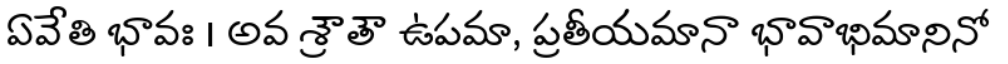
ఏవేతి భావః । అవ శ్రౌతౌ ఉపమా, ప్రతీయమానా భావాభిమానినో